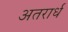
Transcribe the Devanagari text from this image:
अतरार्ध